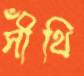
সীঁথি